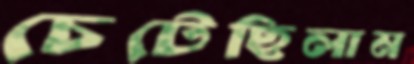
চেটেছিলাম